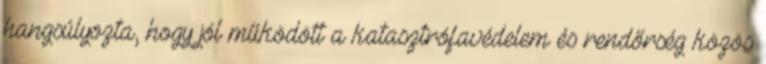
hangsúlyozta, hogy jól működött a katasztrófavédelem és rendőrség közös